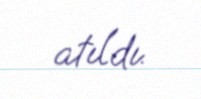
atıldı.